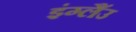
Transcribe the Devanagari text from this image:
इंग्लैंउ